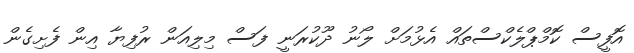
އޮފީސް ކޮމްޕްލެކްސްތައް އެޅުމަށް ލޯނު ދޫކުރަނީ ފަސް މިލިއަން ރުފިޔާ އިން ފެށިގެން